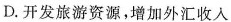
D.开发旅游资源，增加外汇收入